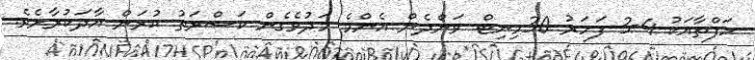
ހަފްތާއަކު 4-3 ފަހަރު 30މިނިޓް ވަންދެން އެންމެ މަދުވެގެން ކަސްރަތު ކުރަން އާދަކުރާށެވެ.